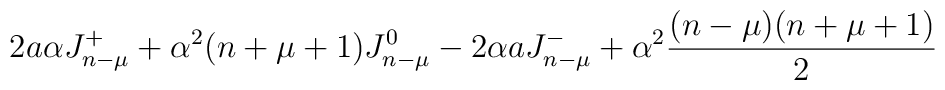
2a \alpha J^+_{n-\mu}  +\alpha ^2 (n+\mu+1) J^0_{n-\mu}  - 2\alpha aJ^-_{n-\mu}+ \alpha^2 {(n-\mu)(n+\mu+1) \over 2}